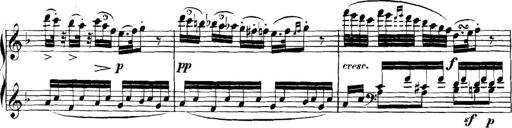
Title: Collected Piano Sonatas
Composer: Muzio Clementi